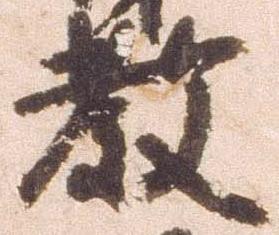
教